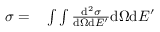
\begin{array} { r l } { \sigma = } & { { } \int \int \frac { \mathrm { d } ^ { 2 } \sigma } { \mathrm { d } \Omega \mathrm { d } E ^ { \prime } } \mathrm { d } \Omega \mathrm { d } E ^ { \prime } } \end{array}